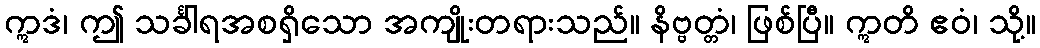
ဣဒံ၊ ဤ သင်္ခါရအစရှိသော အကျိုးတရားသည်။ နိဗ္ဗတ္တံ၊ ဖြစ်ပြီ။ ဣတိ ဧဝံ၊ သို့။